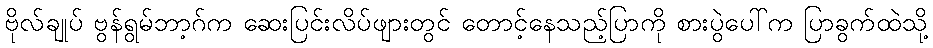
ဗိုလ်ချုပ် ဗွန်ရွမ်ဘာ့ဂ်က ဆေးပြင်းလိပ်ဖျားတွင် တောင့်နေသည့်ပြာကို စားပွဲပေါ်က ပြာခွက်ထဲသို့